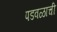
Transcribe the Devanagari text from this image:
पडवळाची